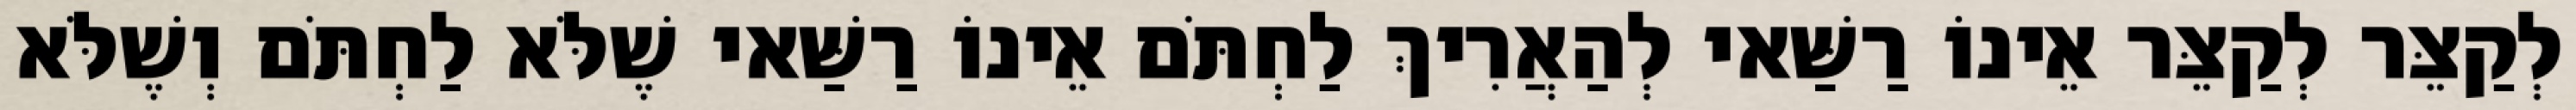
לְקַצֵּר לְקַצֵּר אֵינוֹ רַשַּׁאי לְהַאֲרִיךְ לַחְתֹּם אֵינוֹ רַשַּׁאי שֶׁלֹּא לַחְתֹּם וְשֶׁלֹּא